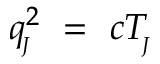
q _ { \! _ { J } } ^ { 2 } \ = \ c T _ { \! _ { J } }